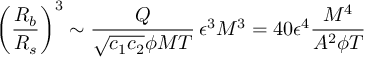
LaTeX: \left( \frac { R _ { b } } { R _ { s } } \right) ^ { 3 } \sim \frac { Q } { \sqrt { c _ { 1 } c _ { 2 } } \phi M T } \, \epsilon ^ { 3 } M ^ { 3 } = 4 0 \epsilon ^ { 4 } \frac { M ^ { 4 } } { A ^ { 2 } \phi T }